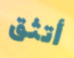
أتثق